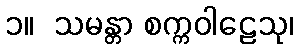
၁။  သမန္တာ စက္ကဝါဠေသု၊